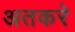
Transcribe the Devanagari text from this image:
अतकरे